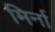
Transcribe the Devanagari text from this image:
मिर्ना